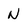
Character: N